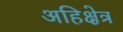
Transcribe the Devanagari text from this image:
अहिक्षेत्र